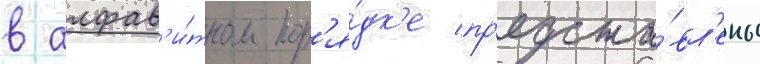
в алфав'и́тном пор'я́дк'е пр'едста́вл'ены